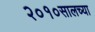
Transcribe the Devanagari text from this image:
२०१०सालच्या